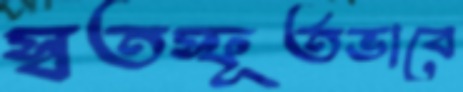
স্বতস্ফূর্তভাবে